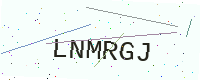
Text: LNMRGJ